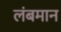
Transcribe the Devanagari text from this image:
लंबमान